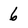
Character: 6